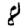
Digit: 8